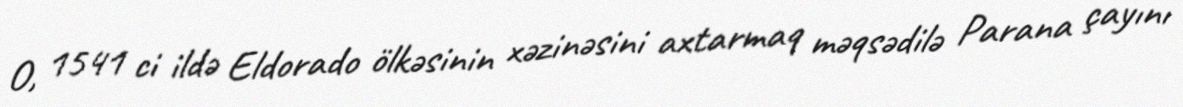
O, 1541 ci ildə Eldorado ölkəsinin xəzinəsini axtarmaq məqsədilə Parana çayını